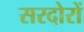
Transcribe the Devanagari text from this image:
सरदोरों